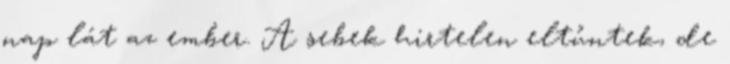
nap lát az ember. A sebek hirtelen eltűntek, de